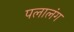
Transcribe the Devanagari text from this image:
पलालंग